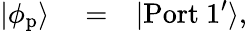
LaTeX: \begin{array}{rlr}{|\phi_{\mathrm{p}}\rangle}&{{}=}&{|\mathrm{Port\ 1}^{\prime}\rangle,}\end{array}